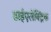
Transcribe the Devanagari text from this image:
डाईएलेक्ट्रिक